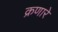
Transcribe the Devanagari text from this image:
क्रणारे